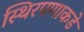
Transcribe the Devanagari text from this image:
स्थिरपणाकडे